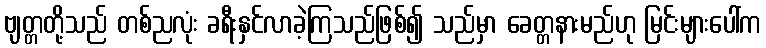
ဗျတ္တတို့သည် တစ်ညလုံး ခရီးနှင်လာခဲ့ကြသည်ဖြစ်၍ သည်မှာ ခေတ္တနားမည်ဟု မြင်းများပေါ်က